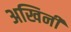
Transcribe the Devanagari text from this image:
अखिनी